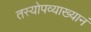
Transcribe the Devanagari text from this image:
तस्योपव्याख्यानं